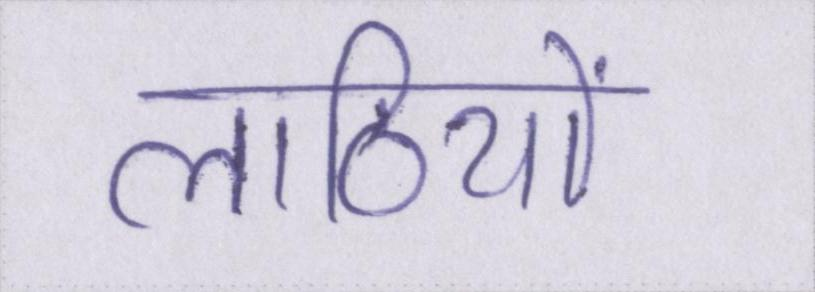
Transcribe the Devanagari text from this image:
लाठियों